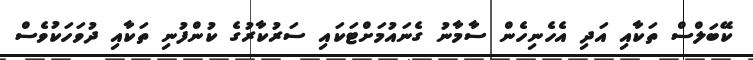
ކޭބަލްސް ތަކާއި އަދި އެހެނިހެން ސާމާނު ގެނައުމަށްޓަކައި ސަރުކާރުގެ ކުންފުނި ތަކާއި ދުވަހަކުވެސް